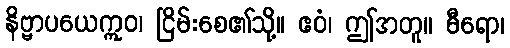
နိဗ္ဗာပယေဣဝ၊ ငြိမ်းစေ၏သို့။ ဧဝံ၊ ဤအတူ။ ဓီရော၊